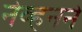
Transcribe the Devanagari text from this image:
नेव्हनने